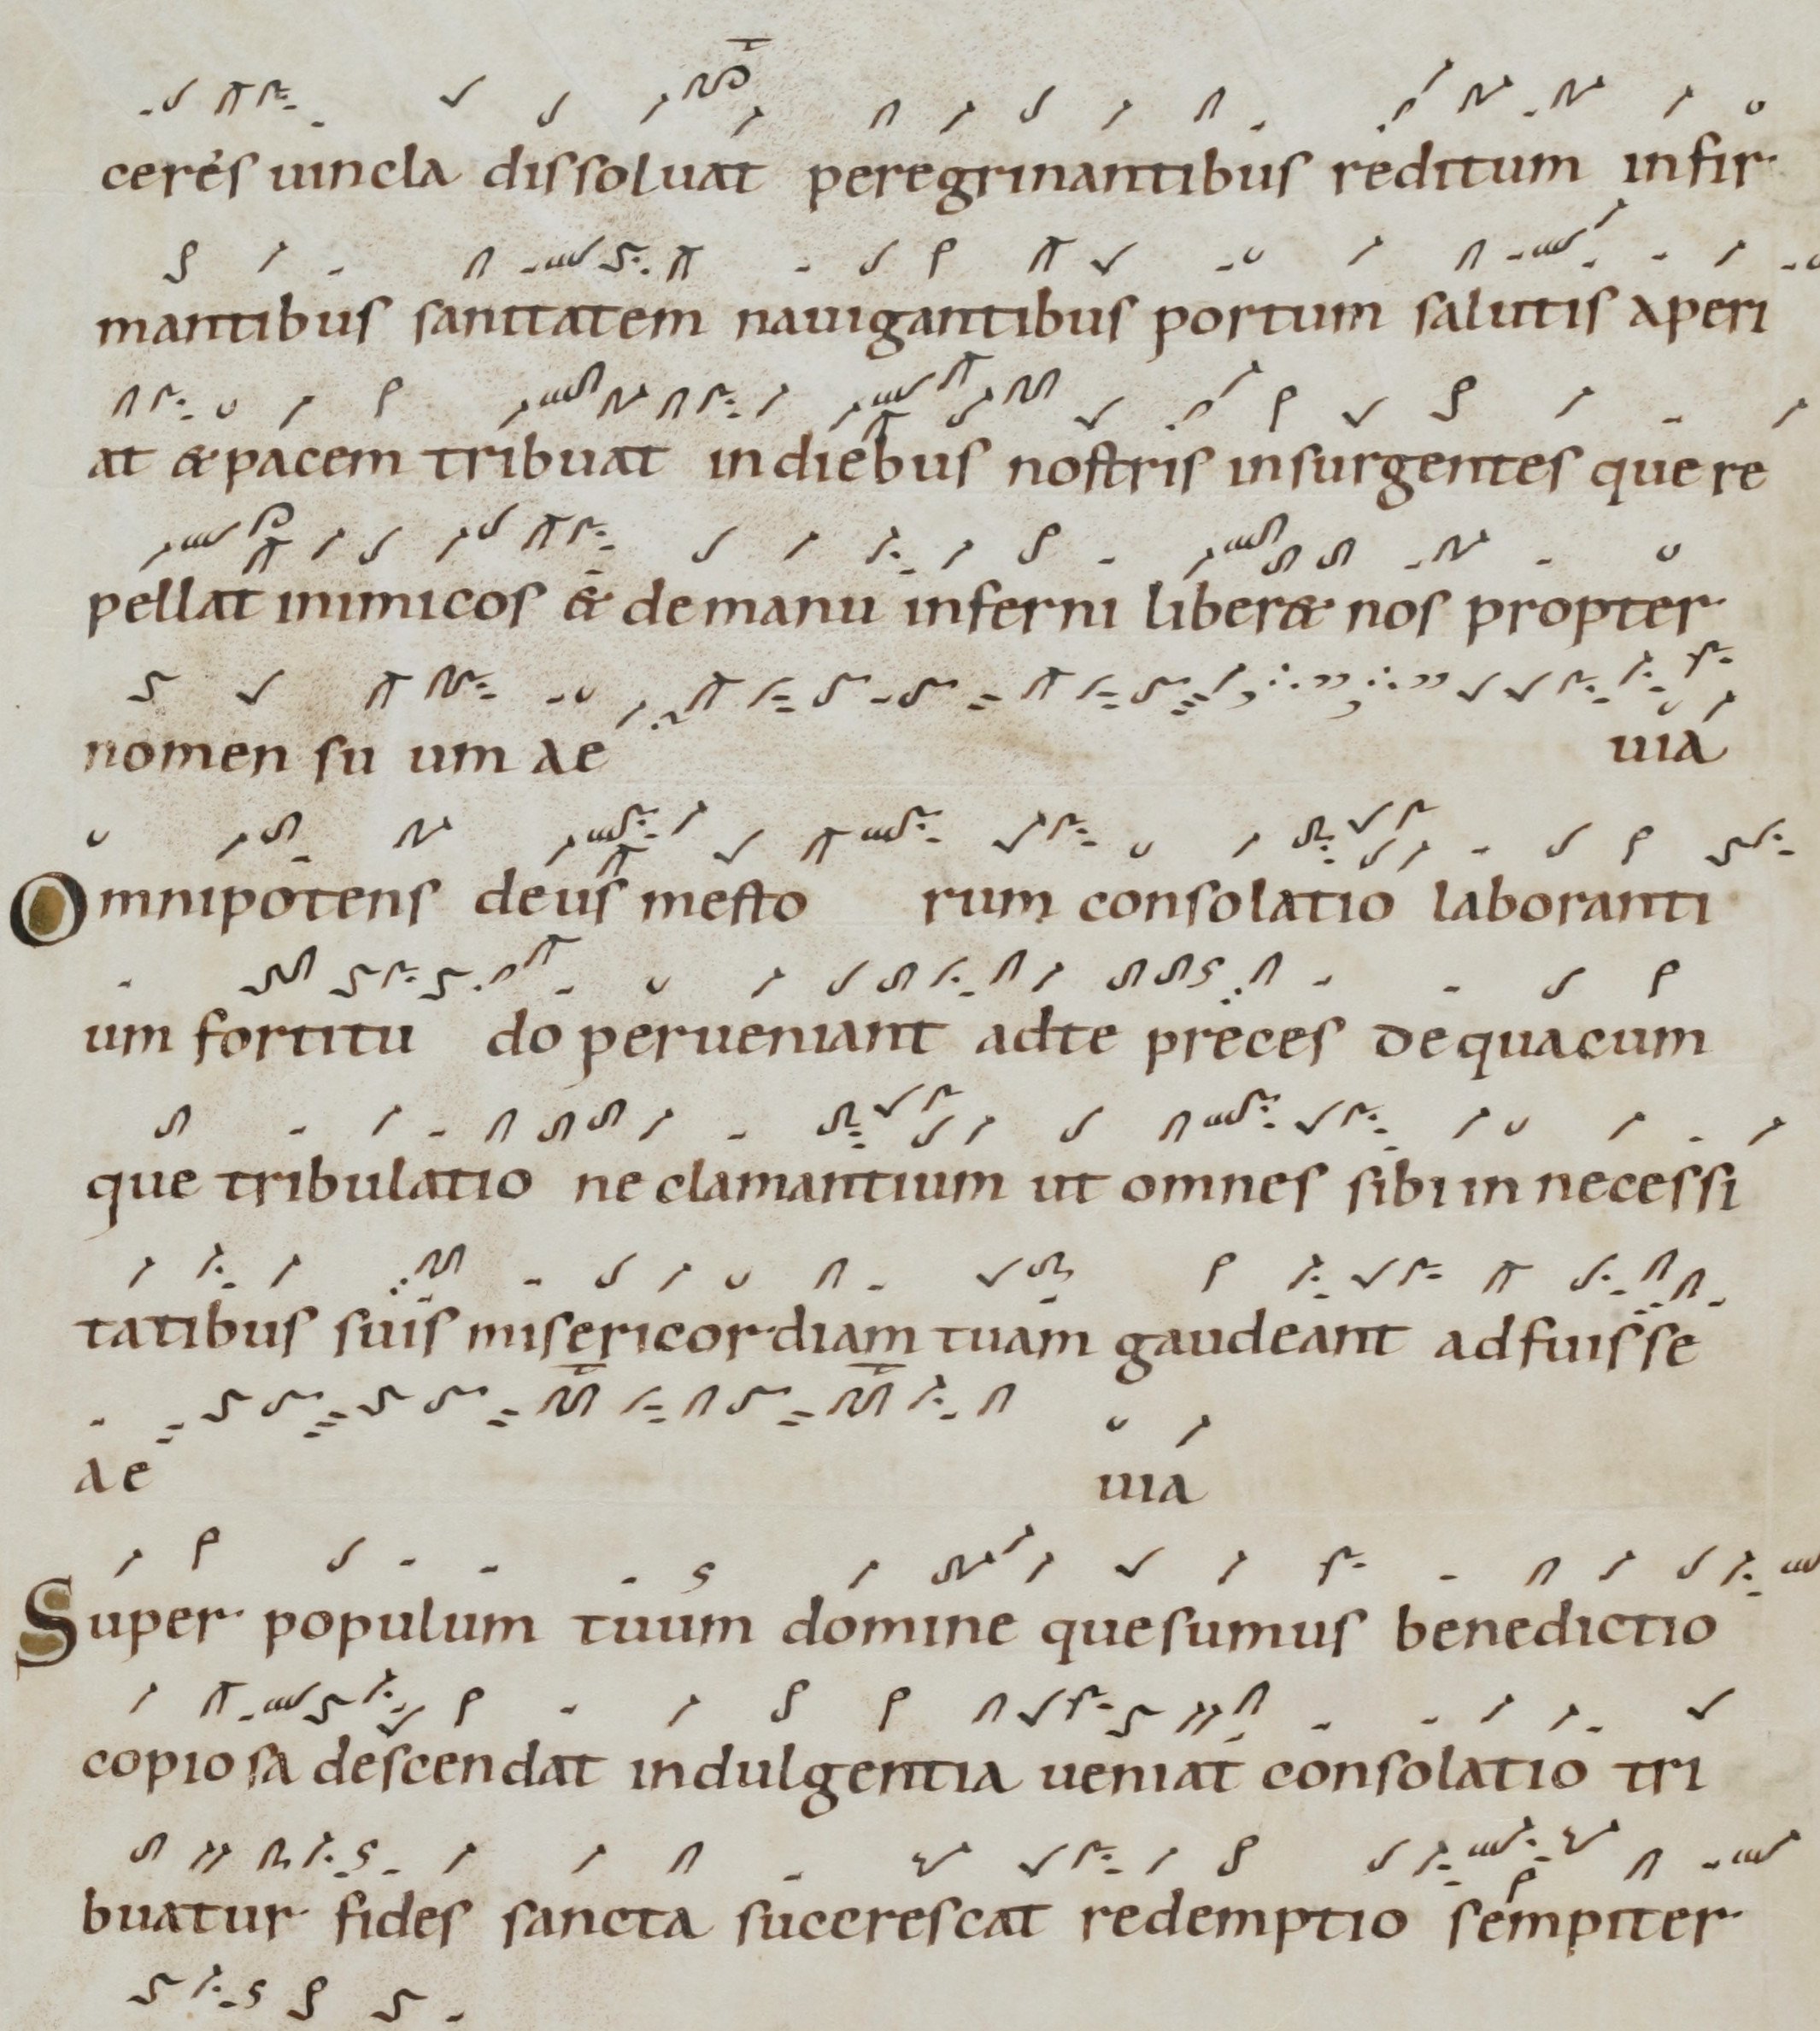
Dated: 1000–1099